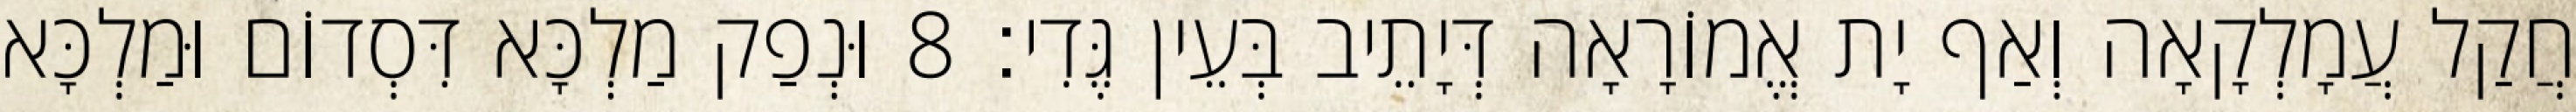
חֲקַל עֲמָלְקָאָה וְאַף יָת אֱמוֹרָאָה דְּיָתֵיב בְּעֵין גֶּדִי׃ 8 וּנְפַק מַלְכָּא דִּסְדוֹם וּמַלְכָּא